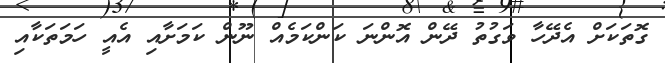
ގޮތަކަށް އެދޭހާ ވަގުތު ދޭން އޮންނަ ކަންކަމެއް ނޫން ކަމަށާއި އެއީ ހަމަތަކާއި